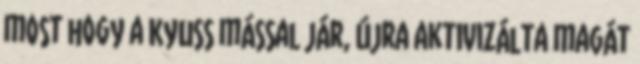
most hogy a Kyuss mással jár, újra aktivizálta magát